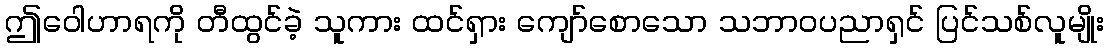
ဤဝေါဟာရကို တီထွင်ခဲ့ သူကား ထင်ရှား ကျော်စောသော သဘာဝပညာရှင် ပြင်သစ်လူမျိုး